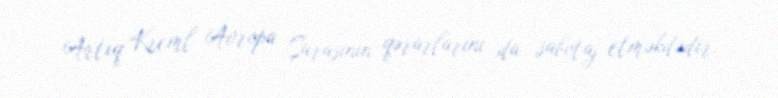
Artıq Kreml Avropa Şurasının qərarlarını da sabotaj etməkdədir.